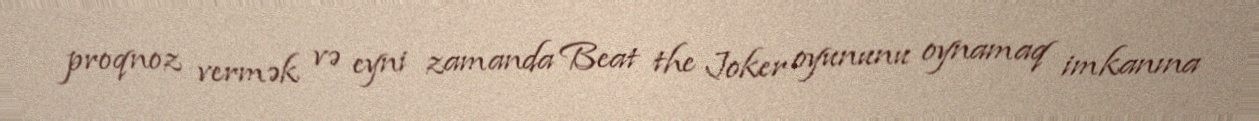
proqnoz vermək və eyni zamanda Beat the Joker oyununu oynamaq imkanına